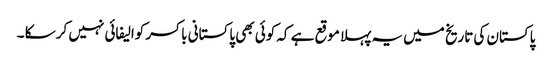
پاکستان کی تاریخ میں یہ پہلا موقع ہے کہ کوئی بھی پاکستانی باکسر کوالیفائی نہیں کر سکا ۔